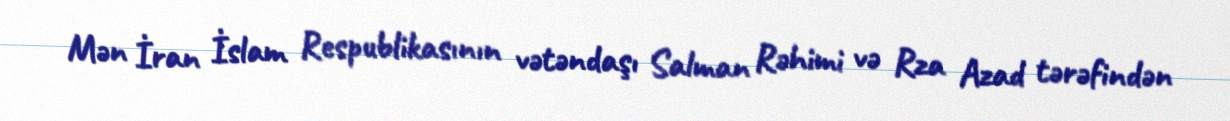
Mən İran İslam Respublikasının vətəndaşı Salman Rəhimi və Rza Azad tərəfindən